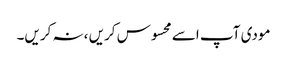
مودی آپ اسے محسوس کریں ،نہ کریں۔